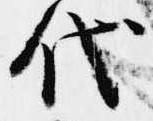
代